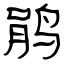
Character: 鹃